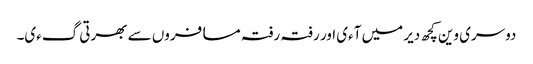
دوسری وین کچھ دیر میں آءی اور رفتہ رفتہ مسافروں سے بھرتی گءی۔